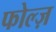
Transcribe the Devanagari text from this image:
फोल्ज़